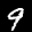
Label: 9